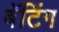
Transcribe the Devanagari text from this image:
बॅटिंग